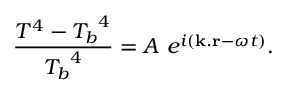
{ \frac { T ^ { 4 } - { T _ { b } } ^ { 4 } } { { T _ { b } } ^ { 4 } } } = A ~ e ^ { i ( { \bf k . r } - \omega t ) } .